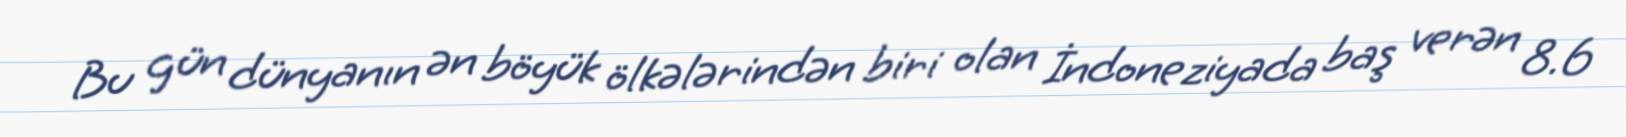
Bu gün dünyanın ən böyük ölkələrindən biri olan İndoneziyada baş verən 8.6